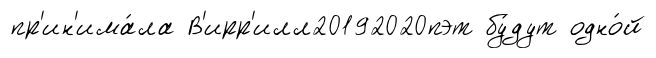
пр'ин'има́ла В'ирр'илл20192020пэт бу́дут одно́й